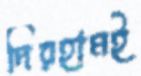
দিরহামই